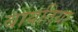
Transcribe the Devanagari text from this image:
बायतिया